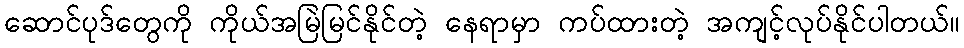
ဆောင်ပုဒ်တွေကို ကိုယ်အမြဲမြင်နိုင်တဲ့ နေရာမှာ ကပ်ထားတဲ့ အကျင့်လုပ်နိုင်ပါတယ်။